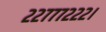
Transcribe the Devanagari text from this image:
२२७७७२२२।